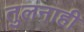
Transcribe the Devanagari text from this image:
तुलनाही